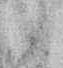
候